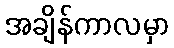
အချိန်ကာလမှာ